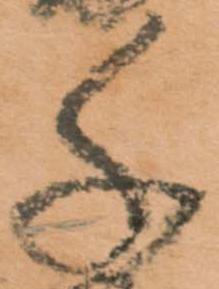
千